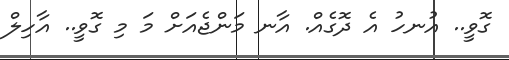
ގޮވީ.. އުނހު އެ ދޮގެއް. އާނ މަންޖެއަށް މަ މި ގޮވީ.. އާހިލް